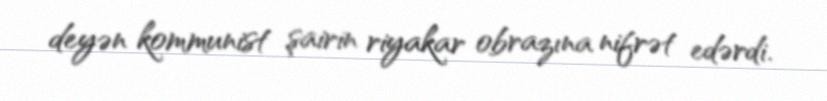
deyən kommunist şairin riyakar obrazına nifrət edərdi.